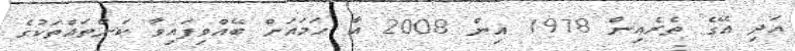
އަދި އޭގެ ތެރެއިން 1978 އިން 2008 އާ ހަމައަށް ބޭއްވިފައިވާ ކަންތައްތަކުގެ